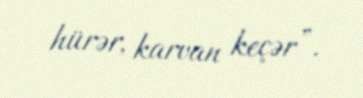
hürər, karvan keçər”.